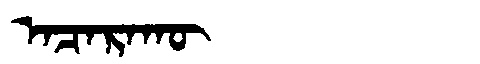
Manchu: ᠠᠴᠠᡵᠠᡴᡡ
Romanization: ACARAKŪ